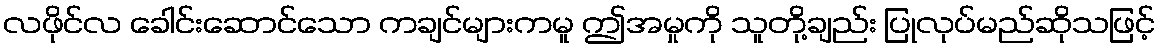
လဖိုင်လ ခေါင်းဆောင်သော ကချင်များကမူ ဤအမှုကို သူတို့ချည်း ပြုလုပ်မည်ဆိုသဖြင့်